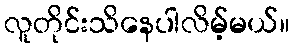
လူတိုင်းသိနေပါလိမ့်မယ်။